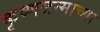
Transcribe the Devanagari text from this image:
कृष्णजन्माच्या